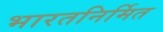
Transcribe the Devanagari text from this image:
भारतनिर्मित